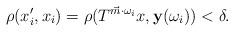
LaTeX: \begin{align*}\rho(x_i',x_i)=\rho(T^{\vec{m}\cdot \omega_i}x,\mathbf{y}(\omega_i))<\delta.\end{align*}